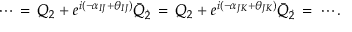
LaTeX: \cdots \, = \, Q _ { 2 } + e ^ { i ( - \alpha _ { I J } + \theta _ { I J } ) } \bar { Q } _ { \dot { 2 } } \, = \, Q _ { 2 } + e ^ { i ( - \alpha _ { J K } + \theta _ { J K } ) } \bar { Q } _ { \dot { 2 } } \, = \, \cdots .